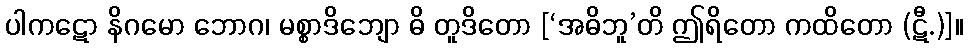
ပါကဋော နိဂမော ဘောဂ၊ မစ္စာဒိဘျော ဓိ တူဒိတော [‘အဓိဘူ’တိ ဤရိတော ကထိတော (ဋီ.)]။